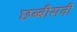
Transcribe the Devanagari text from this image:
छब्बीसवी